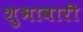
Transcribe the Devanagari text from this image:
शुभावारी